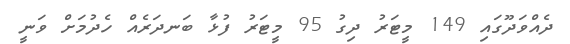
ދެއްވަދޫގައި 149 މީޓަރު ދިގު 95 މީޓަރު ފުޅާ ބަނދަރެއް ހެދުމަށް ވަނީ